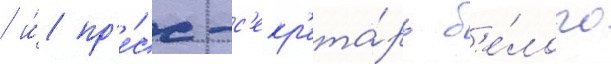
/ и́ пр'е́сс-с'екр'ета́рь б'е́лого